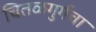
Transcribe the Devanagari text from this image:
चितळगुर्गचा